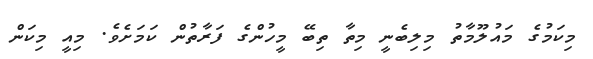
މިކަމުގެ މައުލޫމާތު މިލިބެނީ މިތާ ތިބޭ މީހުންގެ ފަރާތުން ކަމަށެވެ. މިއީ މިކަން